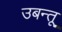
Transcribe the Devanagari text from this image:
उबन्तू